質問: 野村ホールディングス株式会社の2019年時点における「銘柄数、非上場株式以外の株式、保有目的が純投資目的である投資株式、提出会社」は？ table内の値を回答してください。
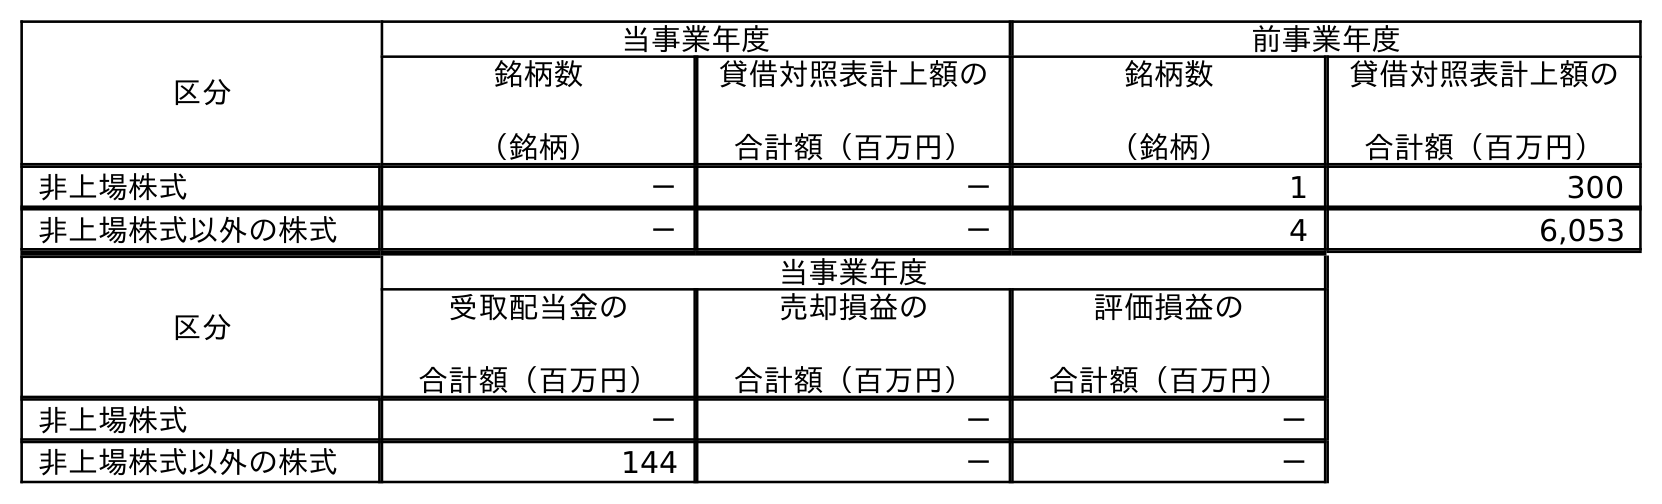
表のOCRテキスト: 区分 当事業年度 前事業年度 銘柄数 （銘柄） 貸借対照表計上額の 合計額（百万円） 銘柄数 （銘柄） 貸借対照表計上額の 合計額（百万円） 非上場株式 － － 1 300 非上場株式以外の株式 － － 4 6,053 区分 当事業年度 受取配当金の 合計額（百万円） 売却損益の 合計額（百万円） 評価損益の 合計額（百万円） 非上場株式 － － － 非上場株式以外の株式 144 － －
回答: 4